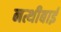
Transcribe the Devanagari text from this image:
नत्थीबाई